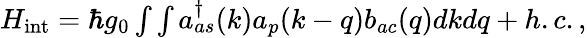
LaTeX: \begin{array}{r}{H_{\mathrm{int}}=\hbar g_{0}\int\int a_{as}^{\dagger}(k)a_{p}(k-q)b_{ac}(q)dkdq+h.c.,}\end{array}